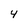
Character: 4